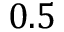
0 . 5